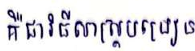
គឺជាវិធីសាស្ត្របង្រៀន